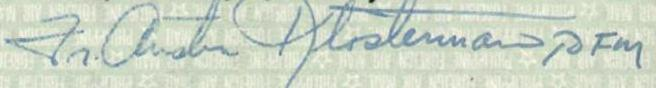
Fr. Austin Klosterman, ofm